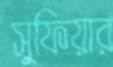
সুফিয়ার